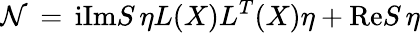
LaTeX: {\cal N}\, =\, \mathrm{i}\mathrm{Im}S\, \eta L(X)L^{T}(X)\eta+\mathrm{Re}S\, \eta